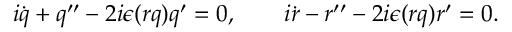
i \dot { q } + q ^ { \prime \prime } - 2 i \epsilon ( r q ) q ^ { \prime } = 0 , \qquad i \dot { r } - r ^ { \prime \prime } - 2 i \epsilon ( r q ) r ^ { \prime } = 0 .